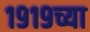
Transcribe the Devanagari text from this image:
१९१९च्या